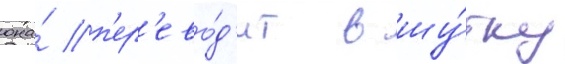
она́ п'ер'ево́д'ит в шу́тку